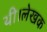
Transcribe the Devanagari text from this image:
थी।लेखक